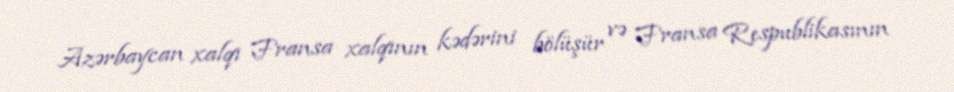
Azərbaycan xalqı Fransa xalqının kədərini bölüşür və Fransa Respublikasının